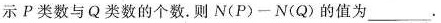
示P类数与Q类数的个数。则$$N(P)一N(Q)$$的值为___.